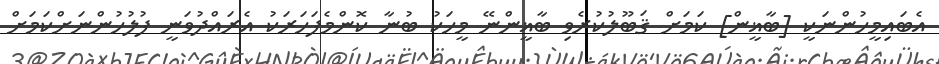
އެބައިމީހުންނަކީ [ބާޣީން] ކަމަށް ޤަބޫލުކުރެވި ބާޣީންނޭ މީހަކު ބުނާ ކޮންމެފަހަރަކު އެރައްދުވަނީ ފުލުހުންނަށްކަމަށް